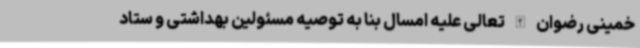
خمینی رضوان الله تعالی علیه امسال بنا به توصیه مسئولین بهداشتی و ستاد